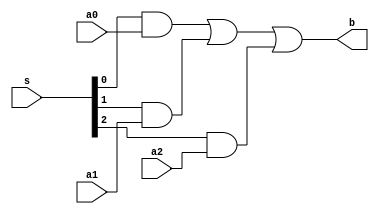
//3 input k bit MUX, one hot select
module Mux3(a2, a1, a0, s, b);
  parameter k = 1;
  input [k-1:0] a2, a1, a0; //inputs
  input [2:0] s; //select
  output [k-1:0] b;
  wire [k-1:0] b = ({k{s[0]}} & a0) |
		     ({k{s[1]}} & a1) |
		     ({k{s[2]}} & a2);
endmodule


//k bit ,4 input, binary select MUX
module Mux_k_4_binary(a3, a2, a1, a0, sb, b);
  parameter k = 1 ;
  input [k-1:0] a3, a2, a1, a0; //inputs
  input [1:0] sb; //select
  output [k-1:0] b;
  wire [3:0] s;

  Dec #(2,4) de(sb, s); //decoder takes binary input and gives one hot output
  Mux4 #(k) m(a3, a2, a1, a0, s, b); 
endmodule
  

//4 input k bit MUX, one hot select
module Mux4(a3, a2, a1, a0, s, b);
  parameter k = 1;
  input [k-1:0] a3, a2, a1, a0; //inputs
  input [3:0] s; //select
  output [k-1:0] b;
  wire [k-1:0] b =   ({k{s[0]}} & a0) |
		     ({k{s[1]}} & a1) |
		     ({k{s[2]}} & a2) |
		     ({k{s[3]}} & a3) ;
endmodule


//Source: Lab5 slides 
//Register with load enable
//
// Parameters: 
// n = width of data
module vDFFE(clk, en, in, out) ;
  parameter n = 1; 
  input clk, en ;
  input  [n-1:0] in ;
  output [n-1:0] out ;
  reg    [n-1:0] out ;
  wire   [n-1:0] next_out ;

  assign next_out = en ? in : out;

  always @(posedge clk)
    out = next_out;  
endmodule


//Source: slide set 6
// n:m decoder
//
// Parameters:
// a - binary input   (n bits wide)
// b - one hot output (m bits wide)
module Dec(a, b) ;
  parameter n=2 ;
  parameter m=4 ;

  input  [n-1:0] a ;
  output [m-1:0] b ;

  wire [m-1:0] b = 1 << a ;
endmodule

// equality comparator
module EqComp(a, b, eq) ;
  parameter k=8;
  input  [k-1:0] a,b;
  output eq;
  wire   eq;

  assign eq = (a==b) ;
endmodule